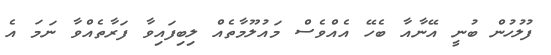
ފުލުހުން ބުނީ އޭނާއާ ބެހޭ އެއްވެސް މައުލޫމާތެއް ލިބިފައިވާ ފަރާތެއްވާ ނަމަ އެ